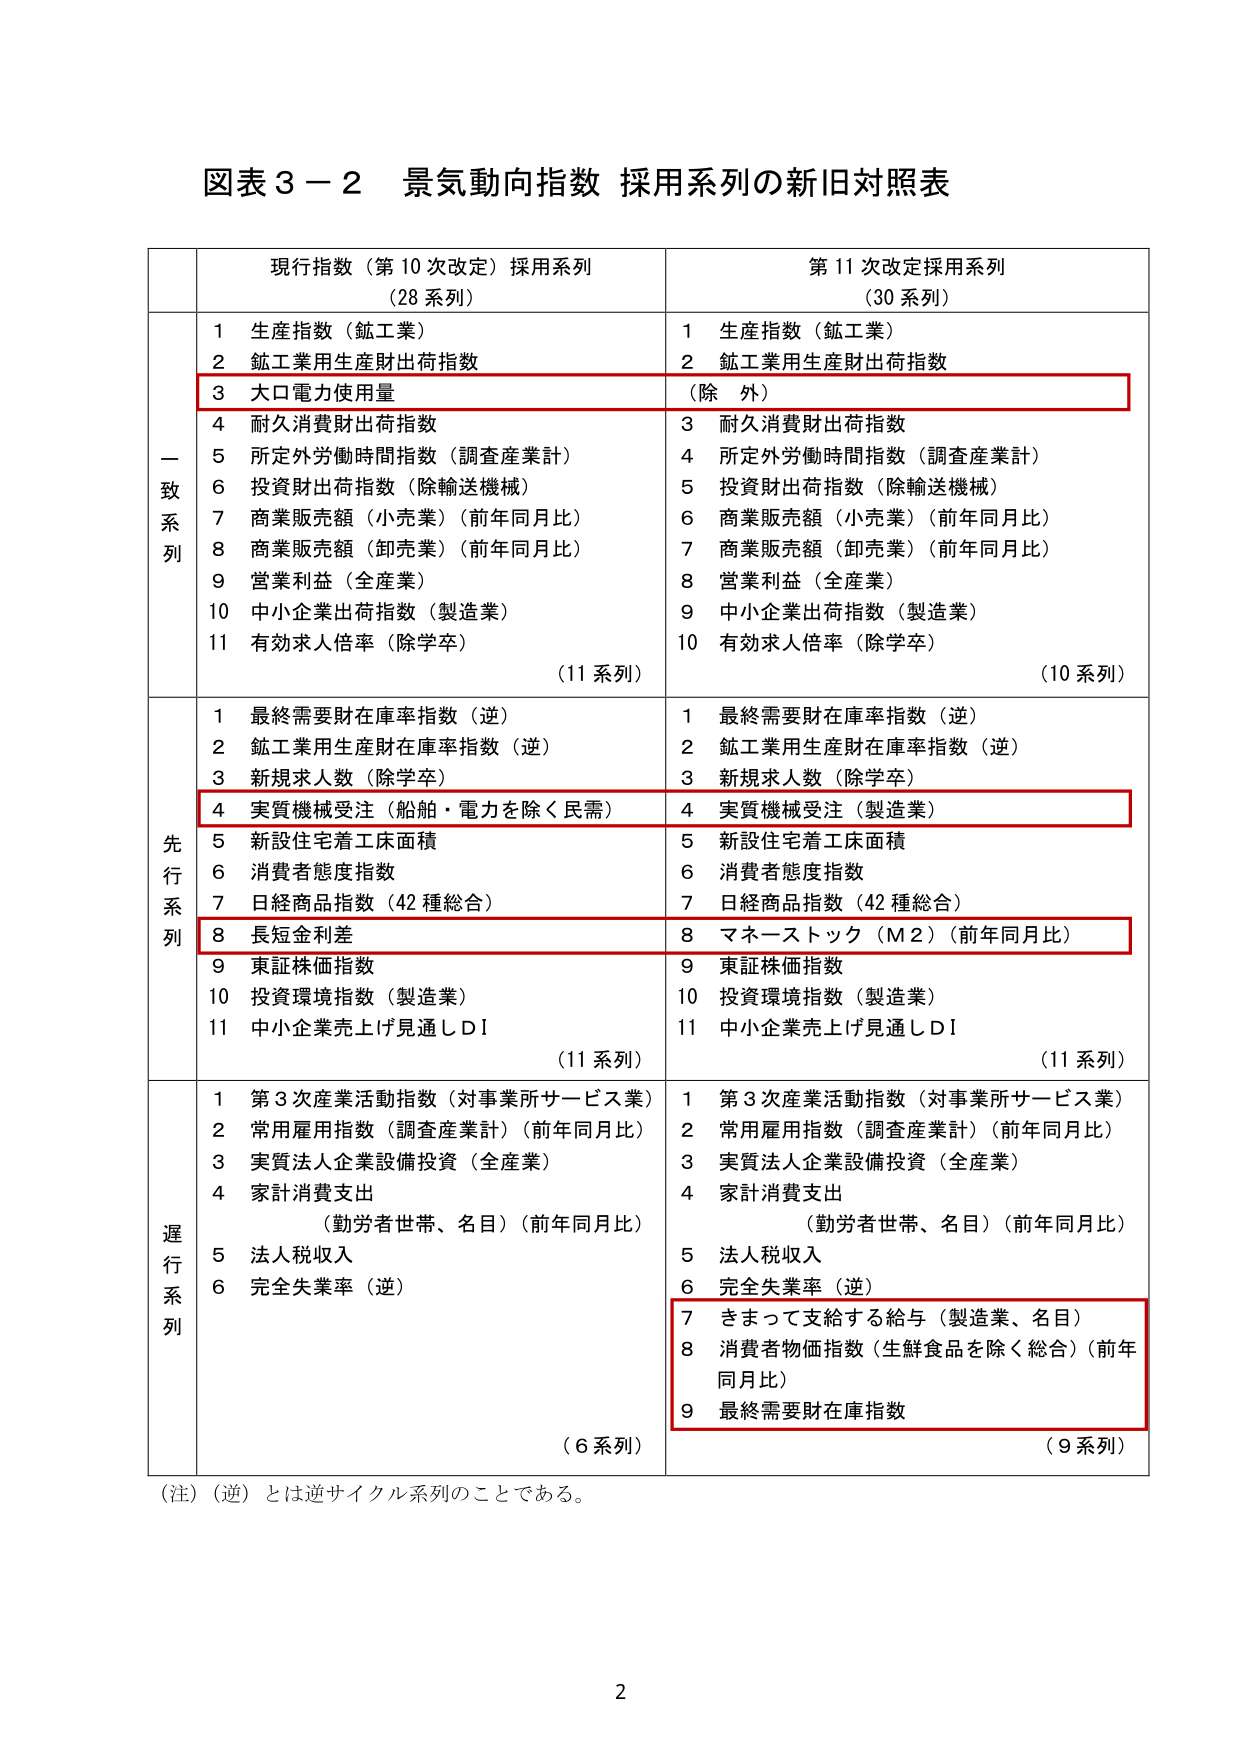
図表３－２ 景気動向指数 採用系列の新旧対照表

現行指数（第10次改定）採用系列
（28系列）

第11次改定採用系列
（30系列）

一致系列
1 生産指数（鉱工業）
2 鉱工業用生産財出荷指数
3 大口電力使用量
4 耐久消費財出荷指数
5 所定外労働時間指数（調査産業計）
6 投資財出荷指数（除輸送機械）
7 商業販売額（小売業）（前年同月比）
8 商業販売額（卸売業）（前年同月比）
9 営業利益（全産業）
10 中小企業出荷指数（製造業）
11 有効求人倍率（除学卒）
（11系列）

1 生産指数（鉱工業）
2 鉱工業用生産財出荷指数
（除外）
3 耐久消費財出荷指数
4 所定外労働時間指数（調査産業計）
5 投資財出荷指数（除輸送機械）
6 商業販売額（小売業）（前年同月比）
7 商業販売額（卸売業）（前年同月比）
8 営業利益（全産業）
9 中小企業出荷指数（製造業）
10 有効求人倍率（除学卒）
（10系列）

先行系列
1 最終需要財在庫率指数（逆）
2 鉱工業用生産財在庫率指数（逆）
3 新規求人数（除学卒）
4 実質機械受注（船舶・電力を除く民需）
5 新設住宅着工床面積
6 消費者態度指数
7 日経商品指数（42種総合）
8 長短金利差
9 東証株価指数
10 投資環境指数（製造業）
11 中小企業売上げ見通しDI
（11系列）

1 最終需要財在庫率指数（逆）
2 鉱工業用生産財在庫率指数（逆）
3 新規求人数（除学卒）
4 実質機械受注（製造業）
5 新設住宅着工床面積
6 消費者態度指数
7 日経商品指数（42種総合）
8 マネーストック（M2）（前年同月比）
9 東証株価指数
10 投資環境指数（製造業）
11 中小企業売上げ見通しDI
（11系列）

遅行系列
1 第3次産業活動指数（対事業所サービス業）
2 常用雇用指数（調査産業計）（前年同月比）
3 実質法人企業設備投資（全産業）
4 家計消費支出
（勤労者世帯、名目）（前年同月比）
5 法人税収入
6 完全失業率（逆）
（6系列）

1 第3次産業活動指数（対事業所サービス業）
2 常用雇用指数（調査産業計）（前年同月比）
3 実質法人企業設備投資（全産業）
4 家計消費支出
（勤労者世帯、名目）（前年同月比）
5 法人税収入
6 完全失業率（逆）
7 きまって支給する給与（製造業、名目）
8 消費者物価指数（生鮮食品を除く総合）（前年同月比）
9 最終需要財在庫指数
（9系列）

（注）（逆）とは逆サイクル系列のことである。

2